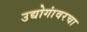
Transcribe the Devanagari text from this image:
उद्योगांवरचा